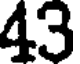
43